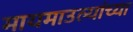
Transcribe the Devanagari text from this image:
मायमाउल्यांच्या